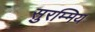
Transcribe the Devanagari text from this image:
सुरम्मिय